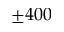
\pm 4 0 0